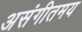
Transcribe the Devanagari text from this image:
असंगीतमय